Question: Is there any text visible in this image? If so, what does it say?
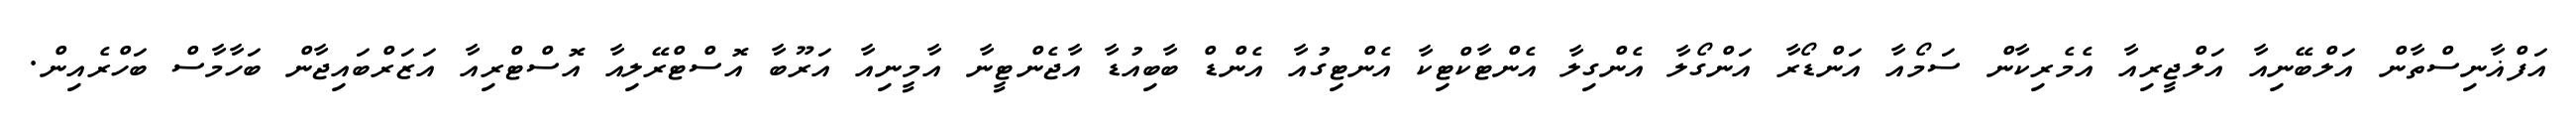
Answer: އަފްޣާނިސްތާން އަލްބޭނިއާ އަލްޖީރިއާ އެމެރިކާން ސަމޯއާ އަންޑޯރާ އަންގޯލާ އެންގިލާ އެންޓާކްޓިކާ އެންޓިގުއާ އެންޑް ބާބިއުޑާ އާޖެންޓީނާ އާމީނިއާ އަރޫބާ އޮސްޓްރޭލިއާ އޮސްޓްރިއާ އަޒަރްބައިޖާން ބަހާމާސް ބަހްރެއިން.